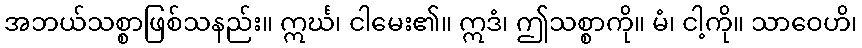
အဘယ်သစ္စာဖြစ်သနည်း။ ဣင်္ဃ၊ ငါမေး၏။ ဣဒံ၊ ဤသစ္စာကို။ မံ၊ ငါ့ကို။ သာဝေဟိ၊